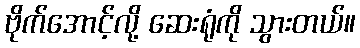
ဗိုက်အောင့်လို့ ဆေးရုံကို သွားတယ်။